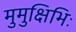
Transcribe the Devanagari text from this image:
मुमुक्षिभिः